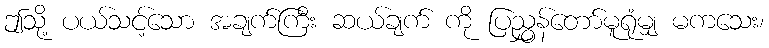
ဤသို့ ပယ်သင့်သော အချက်ကြီး ဆယ်ချက် ကို ပြညွှန်တော်မူရုံမျှ မကသေး၊